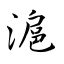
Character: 滬